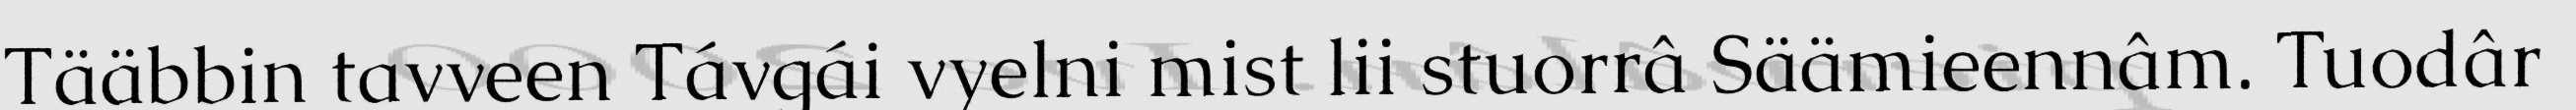
Tääbbin tavveen Távgái vyelni mist lii stuorrâ Säämieennâm. Tuodâr